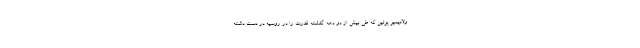
ولادیمیر پوتین که طی بیش از دو دهه گذشته قدرت را در روسیه در دست داشته